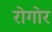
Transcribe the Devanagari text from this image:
रोगोर